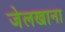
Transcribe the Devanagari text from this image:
जेलखाना